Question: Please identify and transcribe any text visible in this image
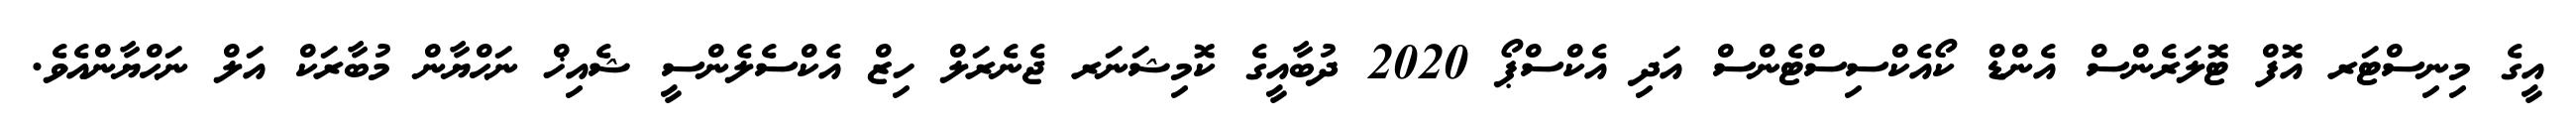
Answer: އީގެ މިނިސްޓަރ އޮފް ޓޮލަރެންސް އެންޑް ކޯއެކްސިސްޓެންސް އަދި އެކްސްޕޯ 2020 ދުބާއީގެ ކޮމިޝަނަރ ޖެނެރަލް ހިޒް އެކްސެލެންސީ ޝެއިޚް ނަޙްޔާން މުބާރަކް އަލް ނަޙްޔާންއެވެ.